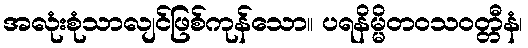
အလုံးစုံသာလျင်ဖြစ်ကုန်သော။ ပရနိမ္မိတဝသဝတ္တီနံ၊